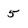
Character: 5